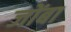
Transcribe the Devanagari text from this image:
जोंबा